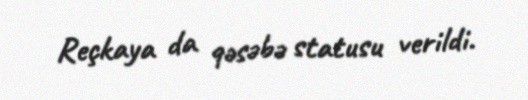
Reçkaya da qəsəbə statusu verildi.